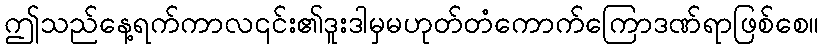
ဤသည်နေ့ရက်ကာလ၎င်း၏ဒူးဒါမှမဟုတ်တံကောက်ကြောဒဏ်ရာဖြစ်စေ။